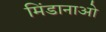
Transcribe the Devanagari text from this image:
मिंडानाओ